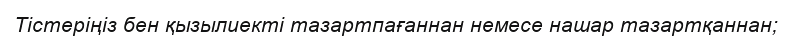
Тістеріңіз бен қызылиекті тазартпағаннан немесе нашар тазартқаннан;